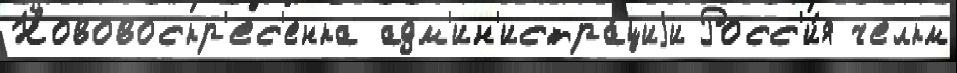
Нововоскр'ес'енка адм'ин'истра́циjи Росс'и́я челкм